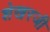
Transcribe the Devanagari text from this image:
शेखरजी